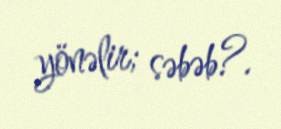
yönəlir; səbəb?.